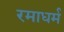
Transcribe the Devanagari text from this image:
रमाधर्म